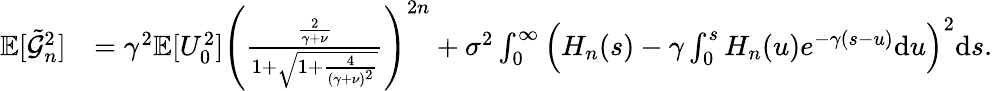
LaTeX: \begin{array}{rl}{\mathbb{E}[\tilde{\mathcal{G}}_{n}^{2}]}&{=\gamma^{2}\mathbb{E}[U_{0}^{2}]\left(\frac{\frac{2}{\gamma+\nu}}{1+\sqrt{1+\frac{4}{(\gamma+\nu)^{2}}}}\right)^{2n}+\sigma^{2}\int_{0}^{\infty}\Big(H_{n}(s)-\gamma\int_{0}^{s}H_{n}(u)e^{-\gamma(s-u)}\mathrm{d}u\Big)^{2}\mathrm{d}s.}\end{array}